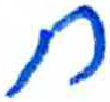
אות: ח